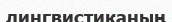
лингвистиканың